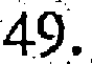
49.